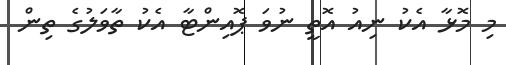
މި މޮޅާ އެކު ނިއު އޮތީ ނުވަ ޕޮއިންޓާ އެކު ތާވަލުގެ ތިން